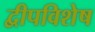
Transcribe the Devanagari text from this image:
द्वीपविशेष